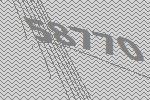
58770